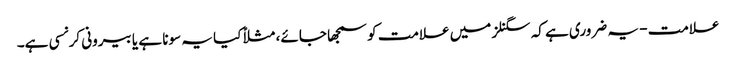
علامت - یہ ضروری ہے کہ سگنلز میں علامت کو سمجھا جائے، مثلاً کیا یہ سونا ہے یا بیرونی کرنسی ہے۔